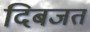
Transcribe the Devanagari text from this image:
दिबजत